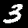
Label: 3